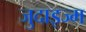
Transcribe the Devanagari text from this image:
जुदाइज्म